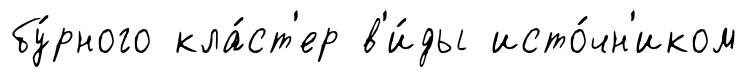
бу́рного кла́ст'ер в'и́ды исто́чн'иком